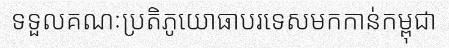
ទទួលគណៈប្រតិភូយោធាបរទេសមកកាន់កម្ពុជា